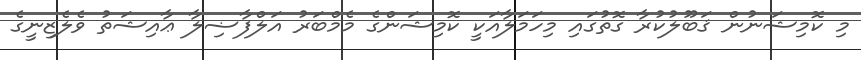
މި ކޮމިޝަނުން ޤަބޫލުކުރާ ގޮތުގައި މިހަމަލާއަކީ ކޮމިޝަންގެ މެމްބަރު އަލްފާޟިލާ ޢާއިޝަތު ވެލެޒިނީގެ